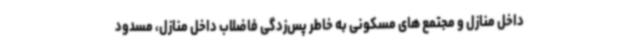
داخل منازل و مجتمع های مسکونی به خاطر پس‌زدگی فاضلاب داخل منازل، مسدود